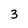
Character: 3